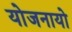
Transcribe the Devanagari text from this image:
योजनायो